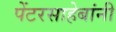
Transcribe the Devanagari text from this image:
पेंटरसाहेबांनी